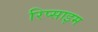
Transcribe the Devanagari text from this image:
रिप्साइम